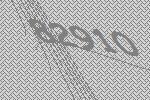
82910